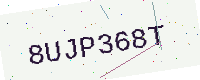
Text: 8UJP368T